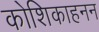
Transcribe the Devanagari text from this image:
कोशिकाहनन